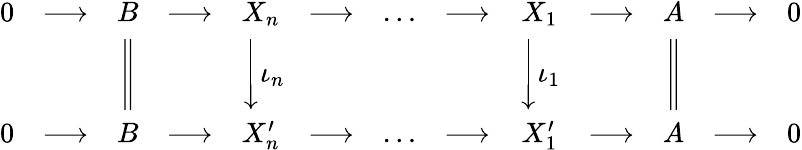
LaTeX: {\begin{array}{ccccccccccccc}{0}&{\longrightarrow}&{B}&{\longrightarrow}&{X_{n}}&{\longrightarrow}&{\dots}&{\longrightarrow}&{X_{1}}&{\longrightarrow}&{A}&{\longrightarrow}&{0}\\ &&{{\Bigg\Vert}}&&{{\Bigg\downarrow}\iota_{n}\! }&&&&{{\Bigg\downarrow}\iota_{1}}&&{{\Bigg\Vert}}&&\\ {0}&{\longrightarrow}&{B}&{\longrightarrow}&{X_{n}^{\prime}}&{\longrightarrow}&{\dots}&{\longrightarrow}&{X_{1}^{\prime}}&{\longrightarrow}&{A}&{\longrightarrow}&{0}\end{array}}